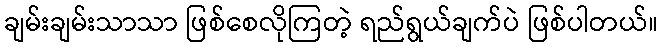
ချမ်းချမ်းသာသာ ဖြစ်စေလိုကြတဲ့ ရည်ရွယ်ချက်ပဲ ဖြစ်ပါတယ်။